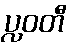
ပ္လဝတီ